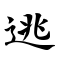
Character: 逃